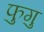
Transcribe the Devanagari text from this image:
फुगु